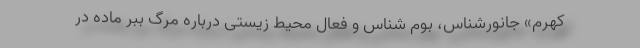
کهرم» جانورشناس، بوم شناس و فعال محیط زیستی درباره مرگ ببر ماده در